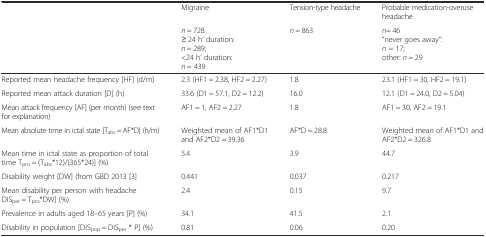
<table><thead><tr><td rowspan="2"></td><td><b>Migraine</b></td><td><b>Tension-type headache</b></td><td><b>Probable medication-overuse headache</b></td></tr><tr><td><b><i>n</i> = 728≥ 24 h’ duration:<i>n</i> = 289;&lt;24 h’ duration:<i>n</i> = 439</b></td><td><b><i>n</i> = 863</b></td><td><b><i>n</i>= 46“never goes away”:<i>n</i> = 17;other: <i>n</i> = 29</b></td></tr></thead><tbody><tr><td>Reported mean headache frequency [HF] (d/m)</td><td>2.3 (HF1 = 2.38, HF2 = 2.27)</td><td>1.8</td><td>23.1 (HF1 = 30, HF2 = 19.1)</td></tr><tr><td>Reported mean attack duration [D] (h)</td><td>33.6 (D1 = 57.1, D2 = 12.2)</td><td>16.0</td><td>12.1 (D1 = 24.0, D2 = 5.04)</td></tr><tr><td>Mean attack frequency [AF] (per month) (see text for explanation)</td><td>AF1 = 1, AF2 = 2.27</td><td>1.8</td><td>AF1 = 30, AF2 = 19.1</td></tr><tr><td>Mean absolute time in ictal state [T<sub>abs</sub> = AF*D] (h/m)</td><td>Weighted mean of AF1*D1 and AF2*D2 = 39.36</td><td>AF*D = 28.8</td><td>Weighted mean of AF1*D1 and AF2*D2 = 326.8</td></tr><tr><td>Mean time in ictal state as proportion of total time T<sub>pro</sub> = (T<sub>abs</sub>*12)/(365*24)] (%)</td><td>5.4</td><td>3.9</td><td>44.7</td></tr><tr><td>Disability weight [DW] (from GBD 2013 [3]</td><td>0.441</td><td>0.037</td><td>0.217</td></tr><tr><td>Mean disability per person with headache DIS<sub>per</sub> = T<sub>pro</sub>*DW] (%)</td><td>2.4</td><td>0.15</td><td>9.7</td></tr><tr><td>Prevalence in adults aged 18–65 years [P] (%)</td><td>34.1</td><td>41.5</td><td>2.1</td></tr><tr><td>Disability in population [DIS<sub>pop</sub> = DIS<sub>per</sub> * P] (%)</td><td>0.81</td><td>0.06</td><td>0.20</td></tr></tbody></table>